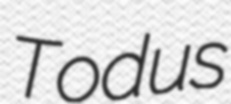
Todus